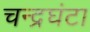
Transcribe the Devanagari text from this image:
चन्द्रघंटा